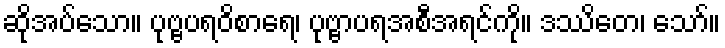
ဆိုအပ်သော။ ပုဗ္ဗပရဝိစာရေ၊ ပုဗ္ဗာပရအစီအရင်ကို။ ဒဿိတေ၊ သော်။